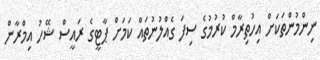
ނިންމުންތަކަށް އިހުތިރާމް ކުރުމުގެ ސިފަ ގެއްލުނުތައް ކަމަށް ޕާޓީގެ ރައީސް ޝޭހު އިމްރާން